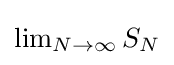
{\textstyle \lim _{N\to \infty }S_{N}}